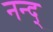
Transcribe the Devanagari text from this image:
नन्द्